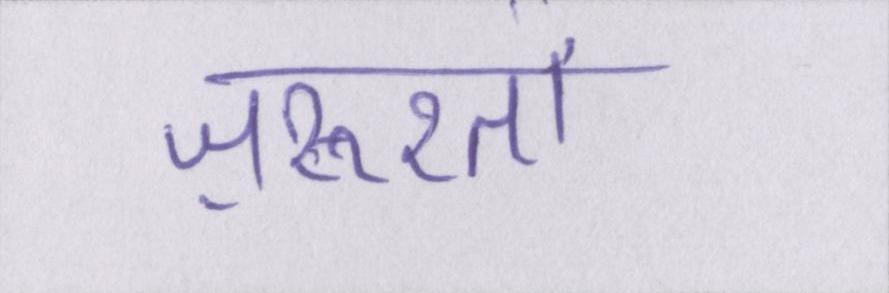
ज़रूरतों